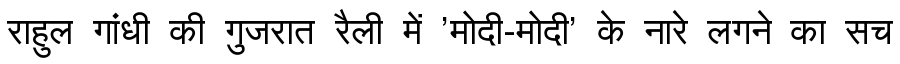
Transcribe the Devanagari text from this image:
राहुल गांधी की गुजरात रैली में 'मोदी-मोदी' के नारे लगने का सच